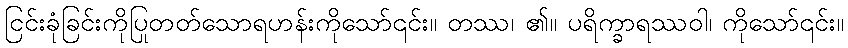
ငြင်းခုံခြင်းကိုပြုတတ်သောရဟန်းကိုသော်၎င်း။ တဿ၊ ၏။ ပရိက္ခာရဿဝါ၊ ကိုသော်၎င်း။